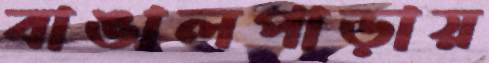
বাঙালপাড়ায়